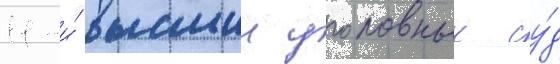
11-и́ высшии уголовныи су́д